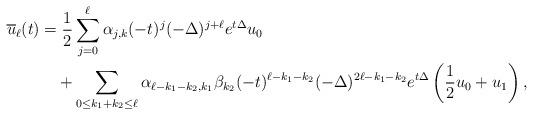
LaTeX: \begin{align*}\overline{u}_\ell(t)&=\frac{1}{2}\sum_{j=0}^\ell\alpha_{j,k}(-t)^j(-\Delta)^{j+\ell}e^{t\Delta}u_0\\&\quad+\sum_{0\leq k_1+k_2\leq \ell}\alpha_{\ell-k_1-k_2,k_1}\beta_{k_2}(-t)^{\ell-k_1-k_2}(-\Delta)^{2\ell-k_1-k_2}e^{t\Delta}\left(\frac{1}{2}u_0+u_1\right),\end{align*}